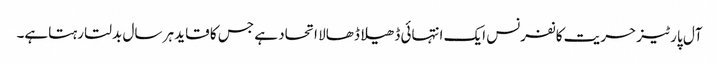
آل پارٹیز حریت کانفرنس ایک انتہائی ڈھیلا ڈھالا اتحاد ہے جس کا قاید ہر سال بدلتا رہتاہے۔